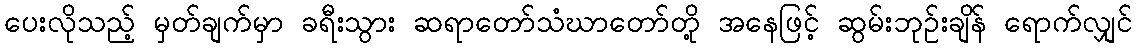
ပေးလိုသည့် မှတ်ချက်မှာ ခရီးသွား ဆရာတော်သံဃာတော်တို့ အနေဖြင့် ဆွမ်းဘုဉ်းချိန် ရောက်လျှင်